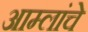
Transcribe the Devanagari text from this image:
आम्लांचे